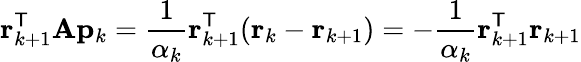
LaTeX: \mathbf{r}_{k+1}^{\mathsf{T}}\mathbf{A}\mathbf{p}_{k}={\frac{1}{\alpha_{k}}}\mathbf{r}_{k+1}^{\mathsf{T}}(\mathbf{r}_{k}-\mathbf{r}_{k+1})=-{\frac{1}{\alpha_{k}}}\mathbf{r}_{k+1}^{\mathsf{T}}\mathbf{r}_{k+1}